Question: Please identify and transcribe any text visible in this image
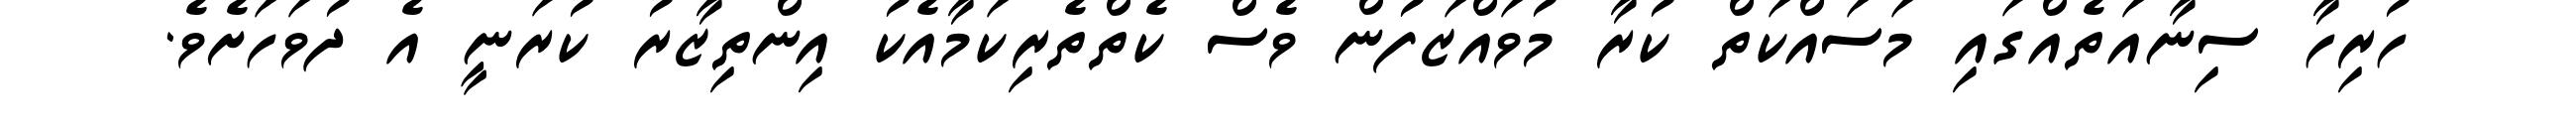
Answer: ހުރިހާ ސިނާއަތެއްގައި މަސައްކަތް ކުރާ މުވައްޒަފުން ވެސް ކެތްތެރިކަމާއެކު އިންތިޒާރު ކުރަނީ އެ ދުވަހަށެވެ.